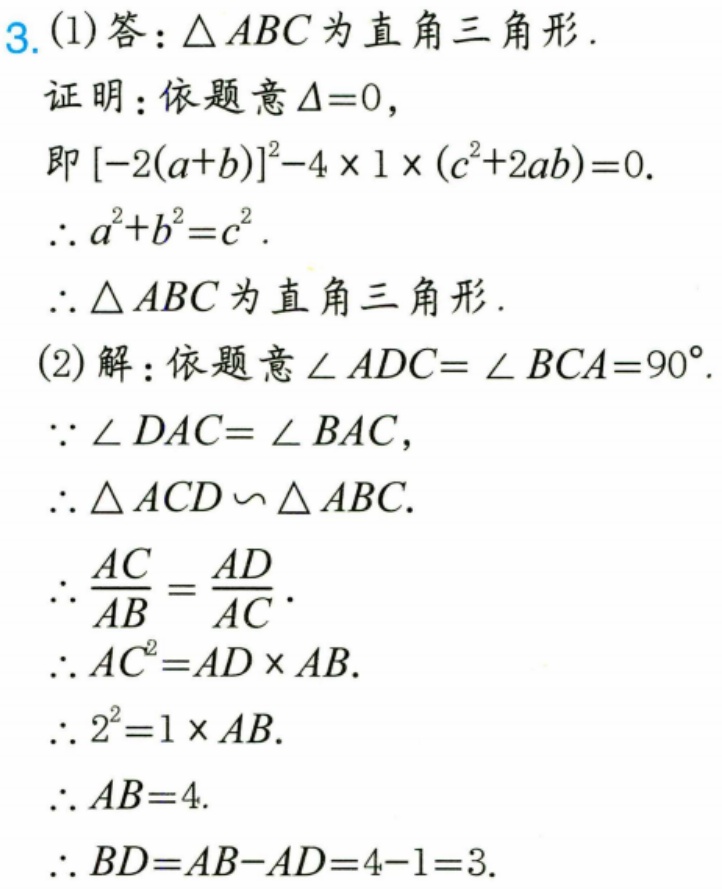
3.(1)答：\(\triangle ABC\)为直角三角形.
证明：依题意\(\Delta = 0\)，
即\([-2(a + b)]^{2}-4\times1\times(c^{2}+2ab)=0\).
\(\therefore a^{2}+b^{2}=c^{2}\).
\(\therefore\triangle ABC\)为直角三角形.
(2)解：依题意\(\angle ADC=\angle BCA = 90^{\circ}\).
\(\because\angle DAC=\angle BAC\)，
\(\therefore\triangle ACD\backsim\triangle ABC\).
\(\therefore\frac{AC}{AB}=\frac{AD}{AC}\).
\(\therefore AC^{2}=AD\times AB\).
\(\therefore2^{2}=1\times AB\).
\(\therefore AB = 4\).
\(\therefore BD=AB - AD=4 - 1=3\).